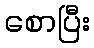
စောပြီး